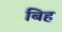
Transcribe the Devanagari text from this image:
बिह